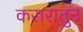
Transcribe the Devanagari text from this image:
करारातुन